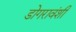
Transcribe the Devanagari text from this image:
डोगरावंशी